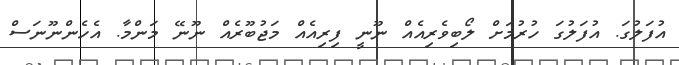
އުފަލުގަ. އުފަލުގަ ހުރުމަށް ލޯބިވެރިއެއް ނޫނީ ފިރިއެއް މަޖުބޫރެއް ނޫނޭ މަންމާ. އެހެންނޫނަސް